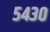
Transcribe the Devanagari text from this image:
५४३०